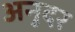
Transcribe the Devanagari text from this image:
अनुदर